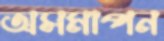
অসমাপন